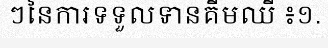
ៗនៃការទទួលទានគីមឈី ៖១.